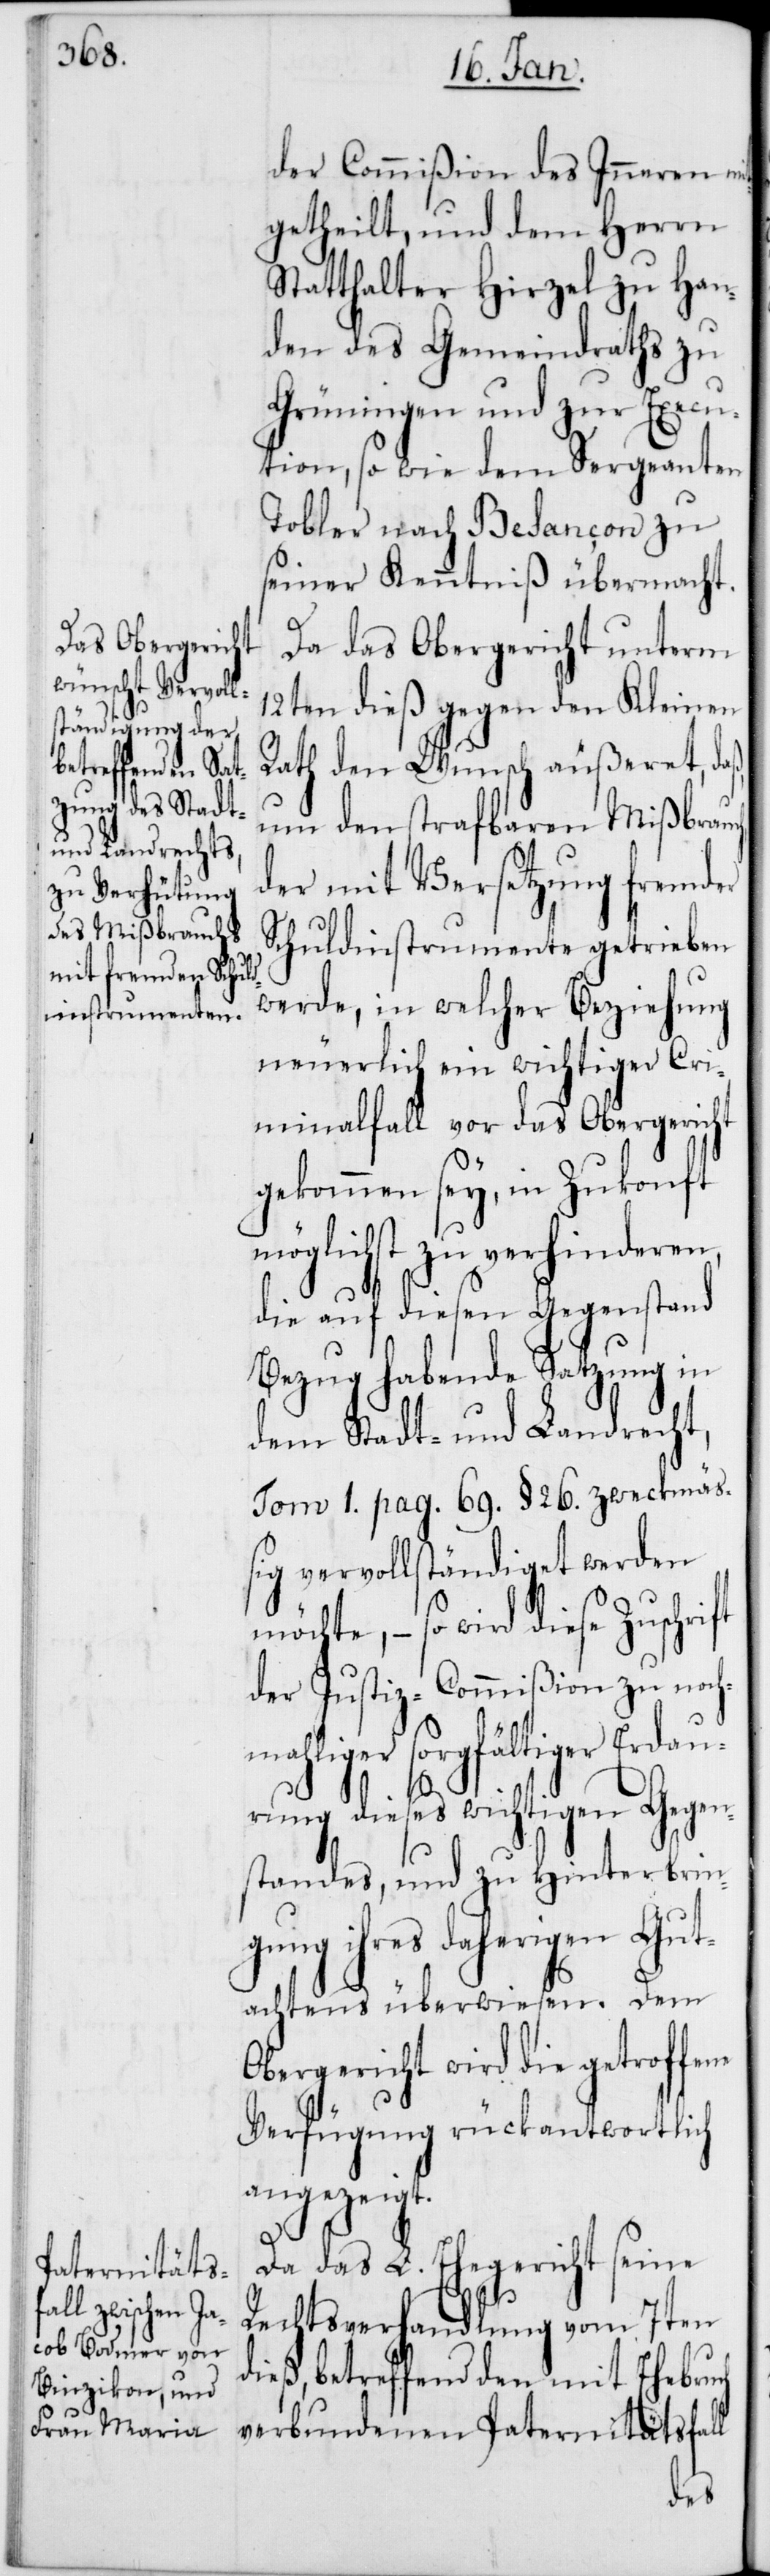
der Commißion des Inneren mit¬
getheilt, und dem Herrn
Statthalter Hirzel zu Han¬
den des Gemeindraths zu
Grüningen und zur Execu¬
tion, so wie dem Sergeanten
Tobler nach Besançon zu
seiner Kenntniß übermacht.
Da das Obergericht unterm
12ten dieß gegen den Kleien
Rath den Wunsch äußeret, daß,
um den strafbaren Mißbrauch,
der mit Versetzung fremder
Schuldinstrumente getrieben
werde, in welcher Beziehung
neuerlich ein wichtiger Cri¬
minalfall vor das Obergericht
gekommen sey, in Zukonft
möglichst zu verhinderen,
die auf diesen Gegenstand
Bezug habende Satzung in
dem Stadt- und Landrecht,
Tom 1. pag. 69. § 26. zweckmäß¬
ige vervollständiget werden
möchte, – so wird diese Zuschri¬
der Justiz-Commißion zu noch¬
liger sorgfältiger Erda¬
urung dieses wichtigen Gegen¬
standes, und zu Hinterbrin¬
gung ihres daherigen Gut¬
achtens überwiesen. Dem
Obergericht wird die getroffene
Verfügung rückantwortlich
angezeigt.
Da das L. Ehegericht seine
Rechtsverhandlung vom 7ten
dieß, betreffend den mit Ehebruch
verbundenen Paternitätsfall
mah¬